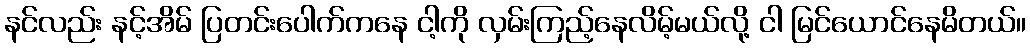
နင်လည်း နင့်အိမ် ပြတင်းပေါက်ကနေ ငါ့ကို လှမ်းကြည့်နေလိမ့်မယ်လို့ ငါ မြင်ယောင်နေမိတယ်။